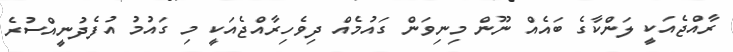
ރާއްޖެއަކީ ލަންކާގެ ބައެއް ނޫން މިނިވަން ގައުމެއް ދިވެހިރާއްޖެއަކީ މި ގައުމު އުފެދުނީއްސުރެ